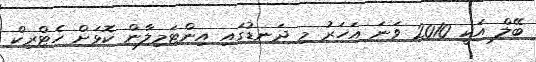
ބޭލް އަކީ 2010 ވަނަ އަހަރު މި ދަނޑުގައި އިންޓަމިލާން ކޮޅަށް ހެޓްރިކް